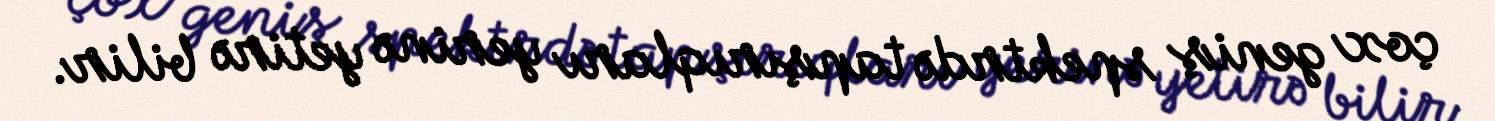
çox geniş spektrdə tapşırıqları yerinə yetirə bilir.